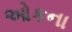
ઓકના